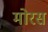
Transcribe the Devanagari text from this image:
मोरस